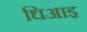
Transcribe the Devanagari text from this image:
धिआइ